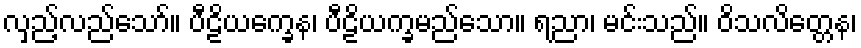
လှည့်လည်သော်။ ပီဠိယက္ခေန၊ ပီဠိယက္ခမည်သော။ ရညာ၊ မင်းသည်။ ဝိသလိတ္တေန၊